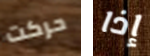
حركت إذا